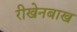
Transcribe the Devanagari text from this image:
रीखेनबाख